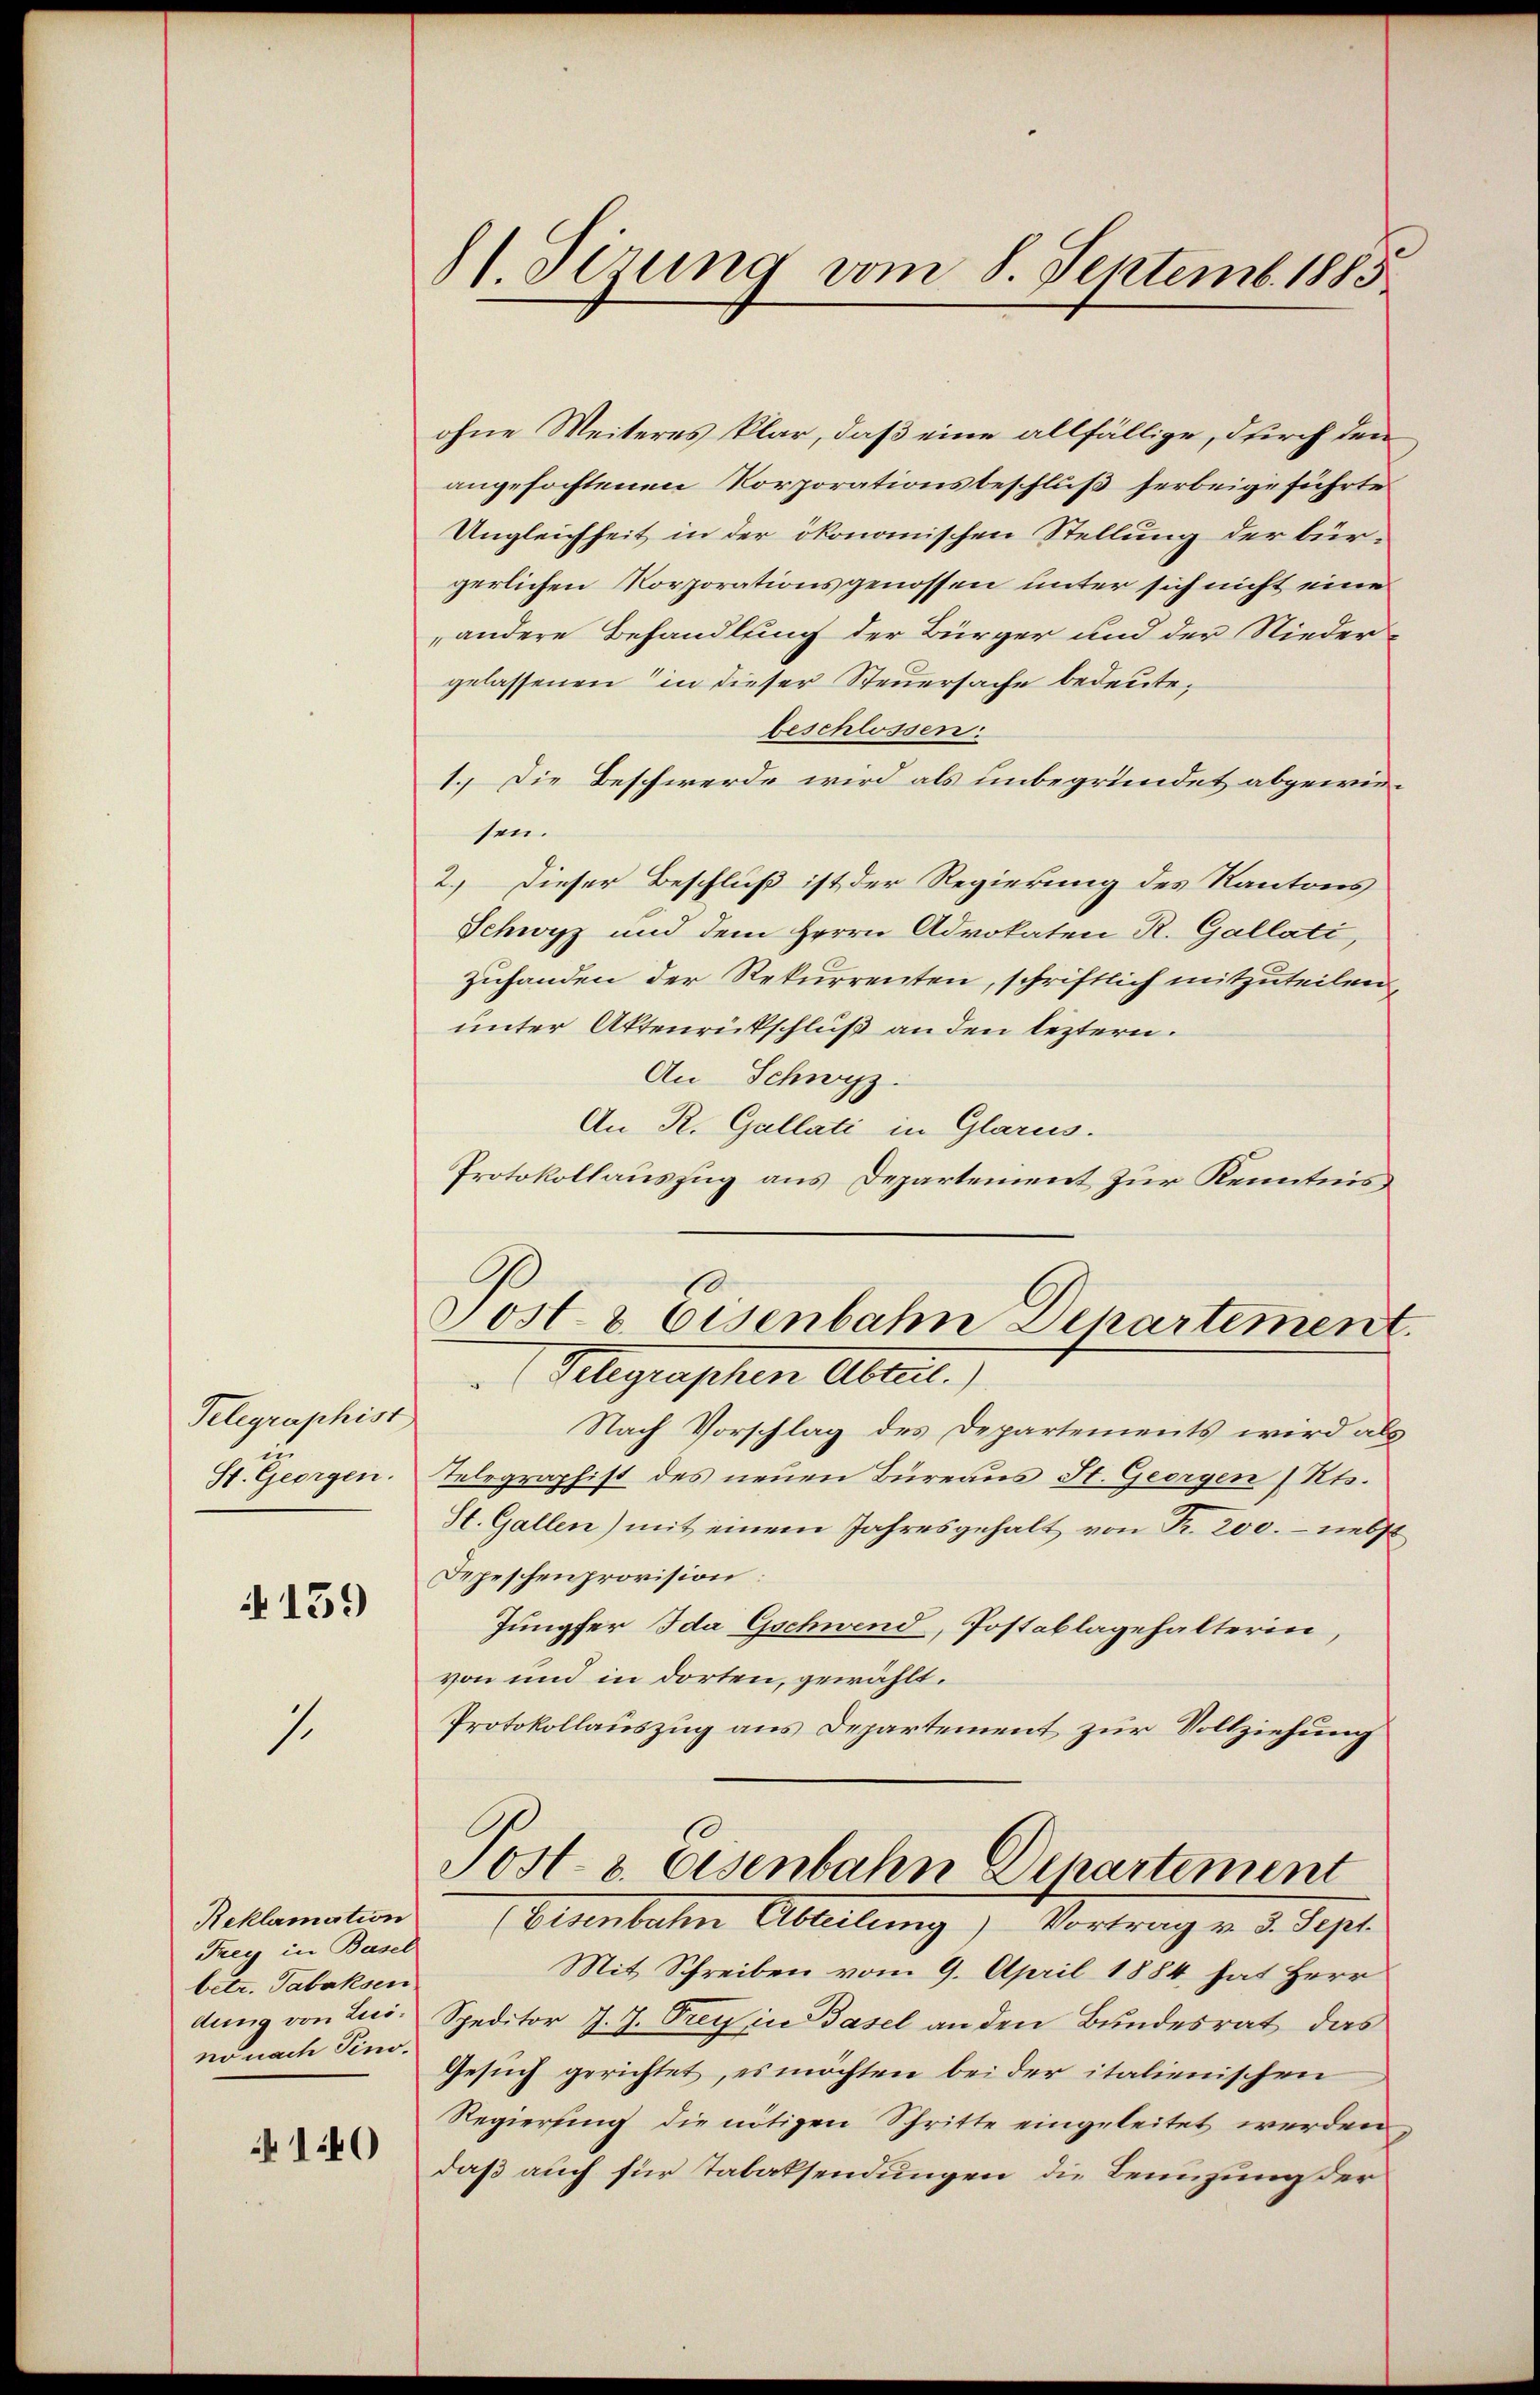
Telegraphist
St. Georgen.

159

1

Reklamation
Frey in Basel
betr. Tabaksen
dung von Luino nach Vino.

140

81. Sizung vom 8. Septemb. 1885

ohne Weiteres klar, daß eine allfällige, durch den
angefochtenen Korporationsbeschluß herbeigeführte
Ungleichheit in der ökonomischen Stellung der bürgerlichen Korporationsgenossen unter sich nicht eine
„andere Behandlung der Bürger und der Nieder-
gelassenen in dieser Steuersache bedeute,
beschlossen:
1.) Die Beschwerde wird als unbegründet abgewirsen.
2.) Dieser Beschluß ist der Regierung des Kantons
Schwyz und dem Herrn Advokaten R. Gallati,
zuhanden der Rekurrenten, schriftlich mitzuteilen,
unter Aktenrückschluß an den leztern.
An Schwyz.
An R. Gallati in Glarus.
Protokollauszug aus Departement zur Kenntnis

Post- & Eisenbahn Departement.
Aligraphen Abent.)

Nach Vorschlag des Departements wird als
Telegraphist des neuen Büreaus St. Georgen (Rts.
St. Gallen) mit einem Jahresgehalt von Fr. 200. - nebst
Depeschenprovision:
Jungfer Ida Gschwend, Postablagehalterin,
von und in dorten, gewählt.
Protokollauszug aus Departement zur Vollziehung
Post- & Eisenbahn Departement
Eisenbahn Abteilung) Vortrag v. 3. Sept.
Mit Schreiben vom 9. April 1884 hat Herr
Speditor J. J. Prey in Basel an den Bundesrat das
Gesuch gerichtet, es möchten bei der italienischen
Regierung die nötigen Schritte eingeleitet werden,
daß auch für Tabaksendungen die Lenzung der